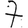
Digit: 7